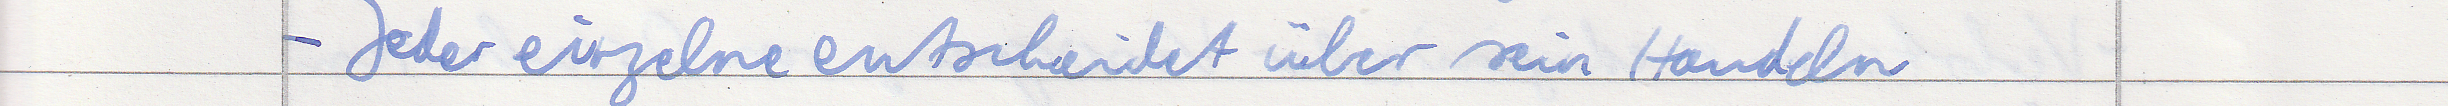
- Jeder einzelne entscheidet über sein Handeln